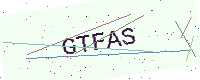
Text: GTFAS